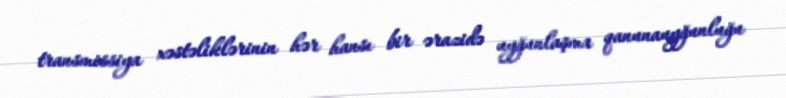
transmissiya xəstəliklərinin hər hansı bir ərazidə uyğunlaşma qanunauyğunluğu